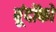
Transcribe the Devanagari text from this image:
बूंदोंको